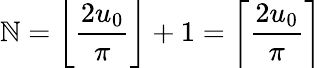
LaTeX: \mathbb{N}=\left\lfloor{\frac{{2u_{0}}}{{\pi}}}\right\rfloor+1=\left\lceil{\frac{{2u_{0}}}{{\pi}}}\right\rceil